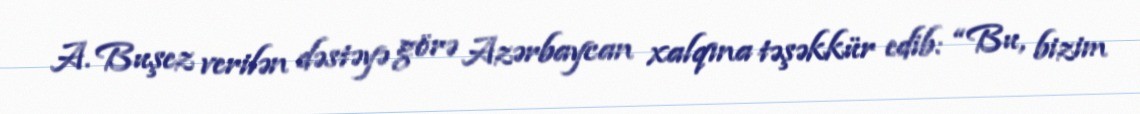
A. Buşez verilən dəstəyə görə Azərbaycan xalqına təşəkkür edib: “Bu, bizim